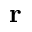
\mathbf { r }